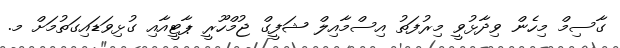
ގާސިމް މިހެން ވިދާޅުވީ މިރުފަތު އިސްމާއިލް ޝަފީގް ޖުމްހޫރީ ޕާޓީއާއި ގުޅިވަޑައިގަތުމަށް މ.